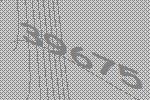
39675